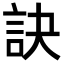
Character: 訣